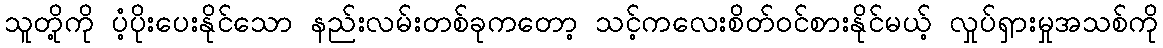
သူတို့ကို ပံ့ပိုးပေးနိုင်သော နည်းလမ်းတစ်ခုကတော့ သင့်ကလေးစိတ်ဝင်စားနိုင်မယ့် လှုပ်ရှားမှုအသစ်ကို